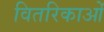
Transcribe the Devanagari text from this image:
वितरिकाओं